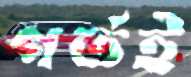
গর্তই